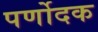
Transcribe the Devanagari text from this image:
पर्णोदक